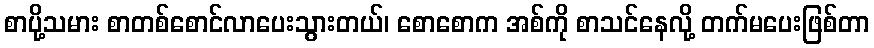
စာပို့သမား စာတစ်စောင်လာပေးသွားတယ်၊ စောစောက အစ်ကို စာသင်နေလို့ တက်မပေးဖြစ်တာ